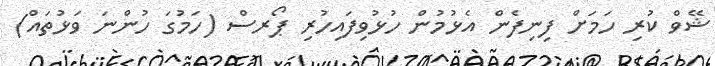
ޝޭވް ކުރި ހަމަށް ފިނިފެން އެޅުމުން ހުޅުވިފައިހުރި ޕޯރސް (ހަމުގަ ހުންނަ ވަޅުތައް)